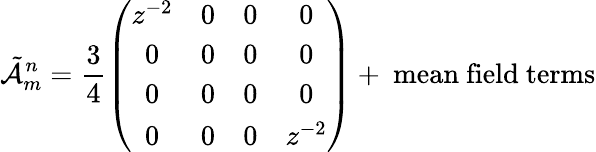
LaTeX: \tilde{\cal A}_{m}^{n}=\frac{3}{4}\left(\begin{array}{cccc}{{z^{-2}}}&{{0}}&{{0}}&{{0}}\\ {{0}}&{{0}}&{{0}}&{{0}}\\ {{0}}&{{0}}&{{0}}&{{0}}\\ {{0}}&{{0}}&{{0}}&{{z^{-2}}}\end{array}\right)+\mathrm{~mean~field~terms}